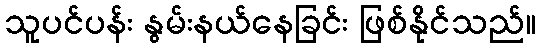
သူပင်ပန်း နွမ်းနယ်နေခြင်း ဖြစ်နိုင်သည်။